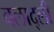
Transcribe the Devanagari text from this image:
वलाद्ली